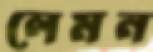
লেমন